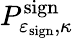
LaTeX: P_{\varepsilon_{\mathrm{sign}},\kappa}^{\mathrm{sign}}